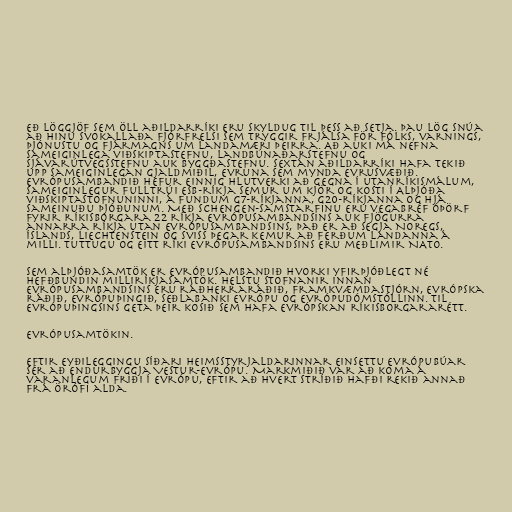
eð löggjöf sem öll aðildarríki eru skyldug til þess að setja. Þau lög snúa
að hinu svokallaða fjórfrelsi sem tryggir frjálsa för fólks, varnings,
þjónustu og fjármagns um landamæri þeirra. Að auki má nefna
sameiginlega viðskiptastefnu, landbúnaðarstefnu og
sjávarútvegsstefnu auk byggðastefnu. Sextán aðildarríki hafa tekið
upp sameiginlegan gjaldmiðil, evruna sem mynda Evrusvæðið.
Evrópusambandið hefur einnig hlutverki að gegna í utanríkismálum,
sameiginlegur fulltrúi ESB-ríkja semur um kjör og kosti í Alþjóða
viðskiptastofnuninni, á fundum G7-ríkjanna, G20-ríkjanna og hjá
Sameinuðu þjóðunum. Með Schengen-samstarfinu eru vegabréf óþörf
fyrir ríkisborgara 22 ríkja Evrópusambandsins auk fjögurra
annarra ríkja utan Evrópusambandsins, það er að segja Noregs,
Íslands, Liechtenstein og Sviss þegar kemur að ferðum landanna á
milli. Tuttugu og eitt ríki Evrópusambandsins eru meðlimir NATO.

Sem alþjóðasamtök er Evrópusambandið hvorki yfirþjóðlegt né
hefðbundin milliríkjasamtök. Helstu stofnanir innan
Evrópusambandsins eru ráðherraráðið, framkvæmdastjórn, Evrópska
ráðið, Evrópuþingið, Seðlabanki Evrópu og Evrópudómstóllinn. Til
Evrópuþingsins geta þeir kosið sem hafa evrópskan ríkisborgararétt.

Evrópusamtökin.

Eftir eyðileggingu síðari heimsstyrjaldarinnar einsettu Evrópubúar
sér að endurbyggja Vestur-Evrópu. Markmiðið var að koma á
varanlegum friði í Evrópu, eftir að hvert stríðið hafði rekið annað
frá örófi alda.